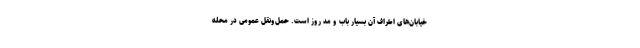
خیابان‌های اطراف آن بسیار باب و مد روز است. حمل‌ونقل عمومی در محله